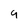
Character: 9